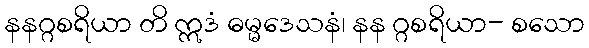
နနဂ္ဂစရိယာ တိ ဣဒံ ဓမ္မဒေသနံ၊ နန ဂ္ဂစရိယာ- စသော